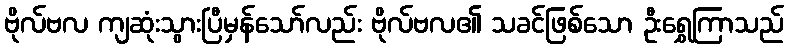
ဗိုလ်ဗလ ကျဆုံးသွားပြီမှန်သော်လည်း ဗိုလ်ဗလ၏ သခင်ဖြစ်သော ဦးရွှေကြာသည်